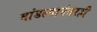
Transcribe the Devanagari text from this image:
मांडल्यानंतरही